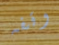
وقفه